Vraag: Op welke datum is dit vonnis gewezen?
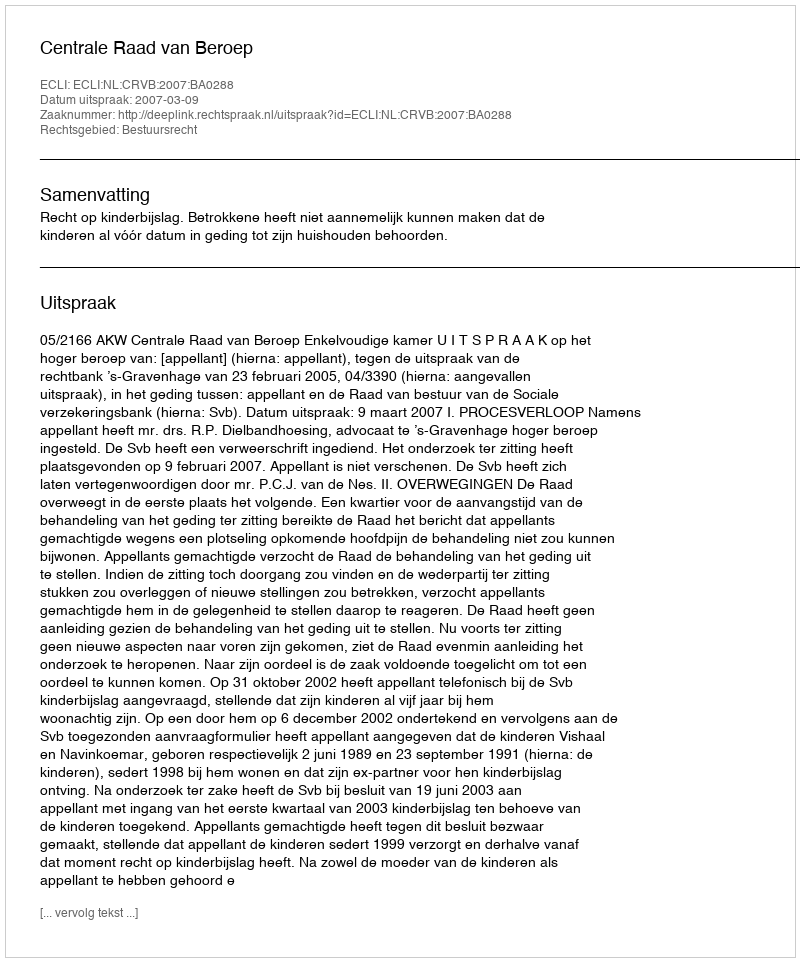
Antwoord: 2007-03-09